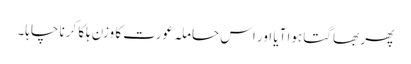
پھر بھاگتا ہوا آیا اور اس حاملہ عورت کا وزن ہلکا کرنا چاہا۔